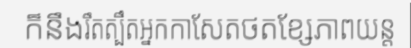
ក៏នឹងរឹតត្បឹតអ្នកកាសែតថតខ្សែភាពយន្ត